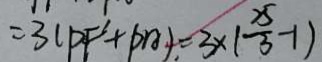
= 3 ( P F ^ { \prime } + P A ) = 3 \times ( \frac { 2 5 } { 3 } - 1 )